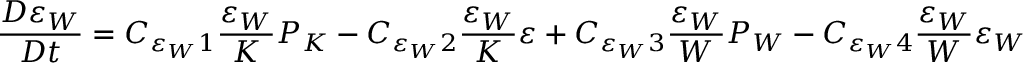
\frac { D \varepsilon _ { W } } { D t } = C _ { \varepsilon _ { W } 1 } \frac { \varepsilon _ { W } } { K } P _ { K } - C _ { \varepsilon _ { W } 2 } \frac { \varepsilon _ { W } } { K } \varepsilon + C _ { \varepsilon _ { W } 3 } \frac { \varepsilon _ { W } } { W } P _ { W } - C _ { \varepsilon _ { W } 4 } \frac { \varepsilon _ { W } } { W } \varepsilon _ { W }